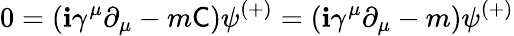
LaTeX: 0=(\mathbf{i}\gamma^{\mu}\partial_{\mu}-m{\mathsf{{C}}})\psi^{(+)}=(\mathbf{i}\gamma^{\mu}\partial_{\mu}-m)\psi^{(+)}